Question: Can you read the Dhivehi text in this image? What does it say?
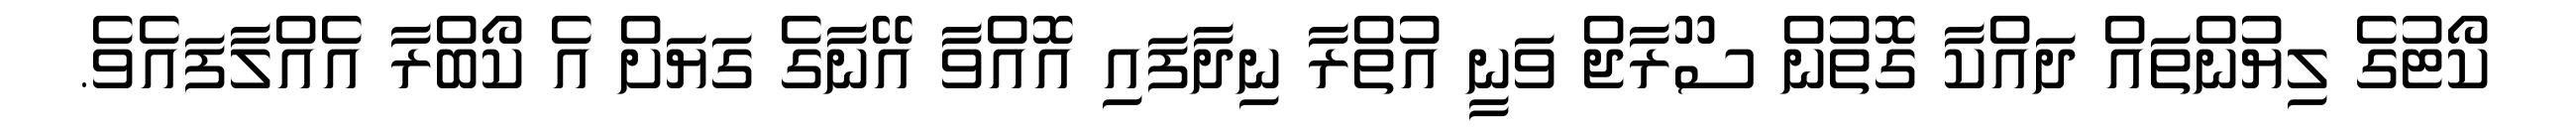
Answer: ކޯޓުގެ ލިޔުންތައް ދައްކާ ގޮތުން ސޫރާޖް ވަނީ އުތްރާ ނިދާފައި އޮއްވާ އޭނާގެ ގަޔަށް އެ ކޯބްރާ އެއްލާފައެވެ.